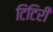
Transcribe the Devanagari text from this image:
टिटिरी